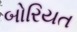
બોરિયત